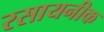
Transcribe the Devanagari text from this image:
रसायनीक